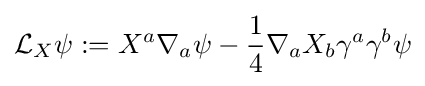
{\mathcal {L}}_{X}\psi :=X^{a}\nabla _{a}\psi -{\frac {1}{4}}\nabla _{a}X_{b}\gamma ^{a}\gamma ^{b}\psi